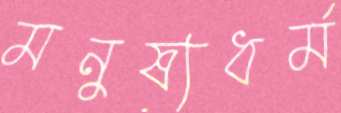
মনুষ্যধর্ম